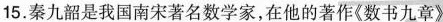
15.秦九韶是我国南宋著名数学家，在他的著作《数书九章》